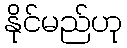
နိုင်မည်ဟု